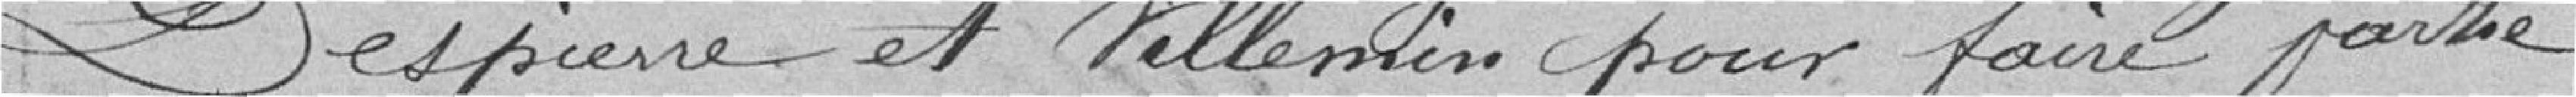
Despierre et Villemin pour faire partie